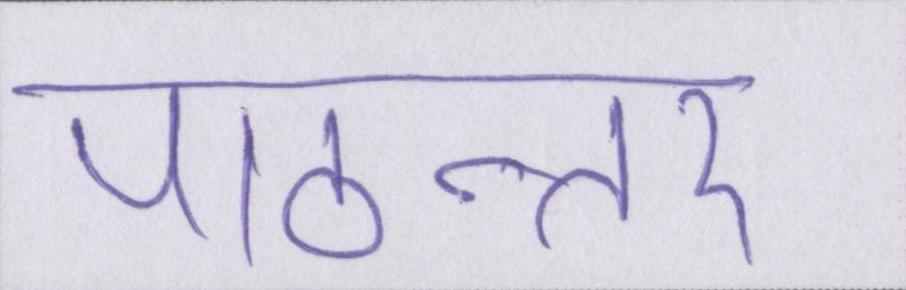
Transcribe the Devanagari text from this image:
पाठान्तर